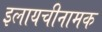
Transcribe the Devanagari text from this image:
इलायचीनामक